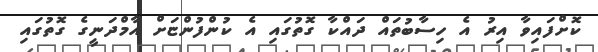
ކޮށްފައިވާ އިރު އެ ހިސާބުތައް ދައްކާ ގޮތުގައި އެ ކުންފުންޏަށް އާމްދަނީގެ ގޮތުގައި